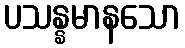
ပသန္နမာနသော